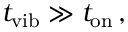
t _ { \mathrm { v i b } } \gg t _ { \mathrm { o n } } \, ,